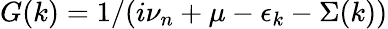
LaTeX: G(k)=1/(i\nu_{n}+\mu-\epsilon_{k}-\Sigma(k))